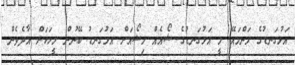
އަޅުގަނޑުގެ މަންމައޭ މީ އަޅުގަނޑުގެ ޝޯއެއް މިޝޯއަށް އަޅުގަނޑު ބޭނުން މީހަކަށް އާދެވެން